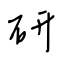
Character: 研